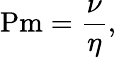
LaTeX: \mathrm{Pm}={\frac{\nu}{\eta}},